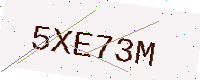
Text: 5XE73M